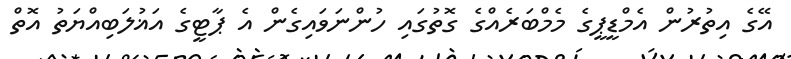
އޭގެ އިތުރުން އެމްޑީޕީގެ މެމްބަރެއްގެ ގޮތުގައި ހުންނަވައިގެން އެ ޕާޓީގެ އަޣުލަބިއްޔަތު އޮތް